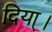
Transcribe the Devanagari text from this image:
दिया्।